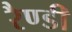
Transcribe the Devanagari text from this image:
रैण्डी